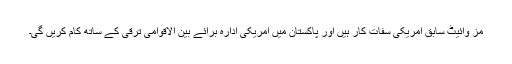
مز وائیٹ سابق امریکی سفات کار ہیں اور پاکستان میں امریکی ادارہ برائے بین الاقوامی ترقی کے ساتھ کام کریں گی۔